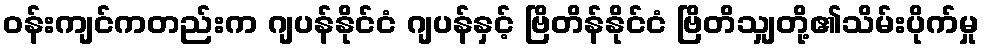
ဝန်းကျင်ကတည်းက ဂျပန်နိုင်ငံ ဂျပန်နှင့် ဗြိတိန်နိုင်ငံ ဗြိတိသျှတို့၏သိမ်းပိုက်မှု